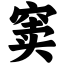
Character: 窦